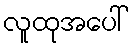
လူထုအပေါ်